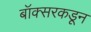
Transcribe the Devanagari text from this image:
बॉक्सरकडून